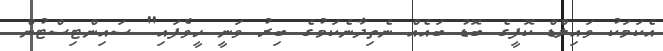
އެކަމަކު ވައިލްޑް ކޮފީގެ ބޮޑު ބައެއް ނެތިދާނެކަމުގެ ބިރު ވަނީ ހީވެފައި" ސައިންޓިސްޓުން